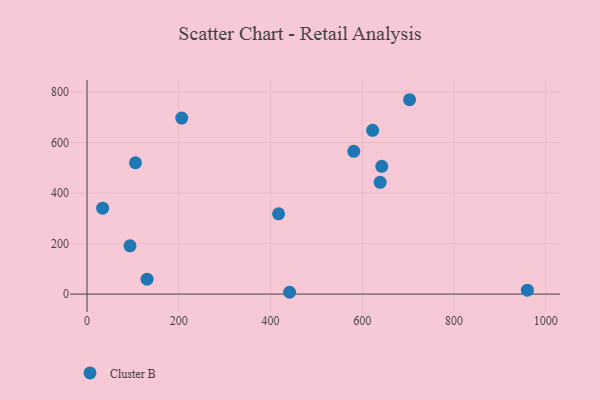
{"axis": {"x": "Investment", "y": "Exam Score"}, "legend": ["Cluster B"], "data": [{"x": "581.5", "y": 565.3, "type": "Cluster B"}, {"x": "417.5", "y": 317.8, "type": "Cluster B"}, {"x": "622.6", "y": 648.4, "type": "Cluster B"}, {"x": "639.0", "y": 442.4, "type": "Cluster B"}, {"x": "703.1", "y": 769.5, "type": "Cluster B"}, {"x": "34.0", "y": 340.0, "type": "Cluster B"}, {"x": "959.9", "y": 15.6, "type": "Cluster B"}, {"x": "206.5", "y": 696.7, "type": "Cluster B"}, {"x": "130.9", "y": 59.2, "type": "Cluster B"}, {"x": "105.6", "y": 520.0, "type": "Cluster B"}, {"x": "93.7", "y": 191.0, "type": "Cluster B"}, {"x": "441.6", "y": 7.2, "type": "Cluster B"}, {"x": "642.5", "y": 505.9, "type": "Cluster B"}]}